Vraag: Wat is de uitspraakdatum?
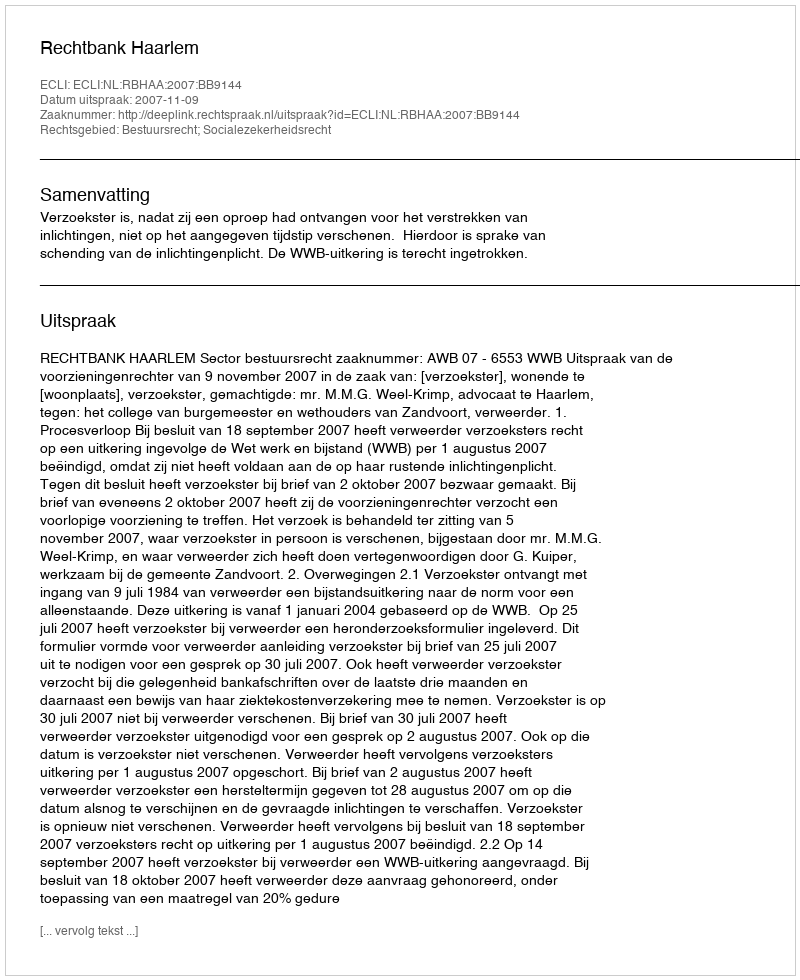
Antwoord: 2007-11-09